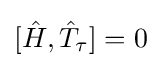
[{\hat {H}},{\hat {T}}_{\tau }]=0